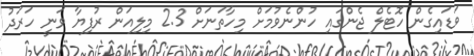
ވަޑައިގެން ހޮޓެލް ޖެންގައި ހުންނެވުމަށް މިހާތަނަށް 2.3 މިލިއަން ރުފިޔާ ވަނީ ހަރަދު